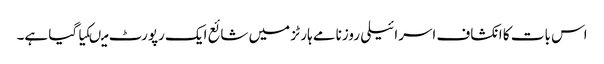
اس بات کا انکشاف اسرائیلی روزنامے ہارٹز میں شائع ایک رپورٹ میںکیاگیا ہے۔